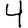
Digit: 4